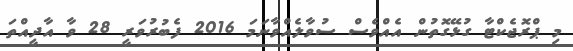
މި ޕްރޮޖެކްޓާ ގުޅޭގޮތުން އެއްވެސް ސުވާލެއްވާނަމަ 2016 ފެބުރުވަރީ 28 ވާ އާދީއްތަ